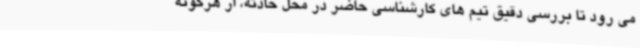
می ‌رود تا بررسی دقیق تیم های کارشناسی حاضر در محل حادثه، از هرگونه